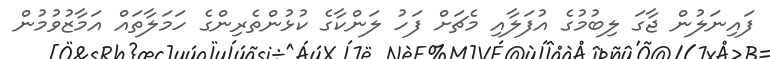
ފައިނަލުން ޖާގަ ލިބުމުގެ އުފަލާއި މެޗަށް ފަހު ލަންކާގެ ކުޅުންތެރިންގެ ހަމަލާތައް އަމާޒުވުމުން